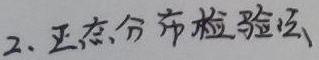
2. 正态分布检验法